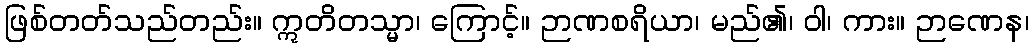
ဖြစ်တတ်သည်တည်း။ ဣတိတသ္မာ၊ ကြောင့်။ ဉာဏစရိယာ၊ မည်၏၊ ဝါ၊ ကား။ ဉာဏေန၊